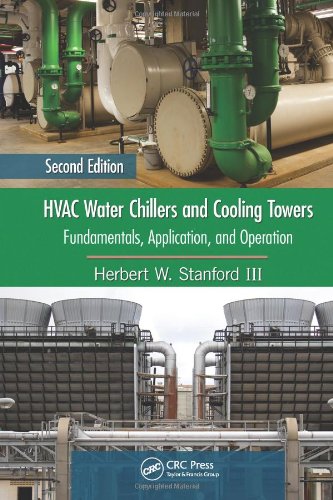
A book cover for HVAC Water Chillers and Cooling Towers: Fundamentals, Application, and Operation, Second Edition (Mechanical Engineering); Herbert W. Stanford III; Science & Math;